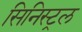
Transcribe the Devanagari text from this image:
सिनिस्ट्रल